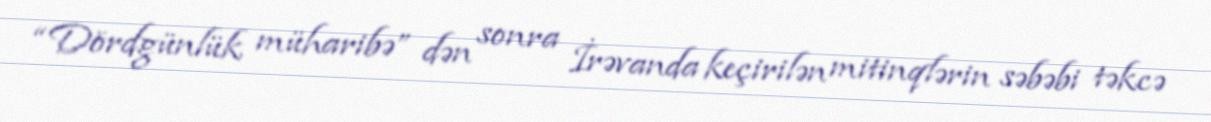
“Dördgünlük müharibə” dən sonra İrəvanda keçirilən mitinqlərin səbəbi təkcə